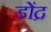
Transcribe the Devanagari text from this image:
डोंद्र